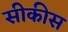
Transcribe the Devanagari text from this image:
सीकीस